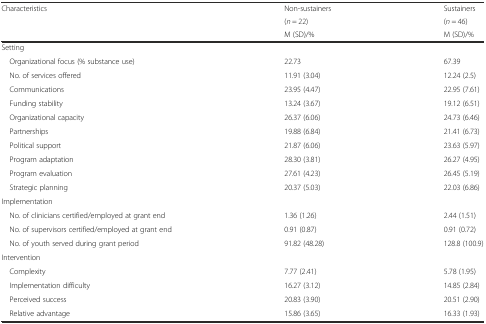
<table><thead><tr><td rowspan="3"><b>Characteristics</b></td><td><b>Non-sustainers</b></td><td><b>Sustainers</b></td></tr><tr><td><b>(<i>n</i> = 22)</b></td><td><b>(<i>n</i> = 46)</b></td></tr><tr><td><b>M (SD)/%</b></td><td><b>M (SD)/%</b></td></tr></thead><tbody><tr><td colspan="3">Setting</td></tr><tr><td> Organizational focus (% substance use)</td><td>22.73</td><td>67.39</td></tr><tr><td> No. of services offered</td><td>11.91 (3.04)</td><td>12.24 (2.5)</td></tr><tr><td> Communications</td><td>23.95 (4.47)</td><td>22.95 (7.61)</td></tr><tr><td> Funding stability</td><td>13.24 (3.67)</td><td>19.12 (6.51)</td></tr><tr><td> Organizational capacity</td><td>26.37 (6.06)</td><td>24.73 (6.46)</td></tr><tr><td> Partnerships</td><td>19.88 (6.84)</td><td>21.41 (6.73)</td></tr><tr><td> Political support</td><td>21.87 (6.06)</td><td>23.63 (5.97)</td></tr><tr><td> Program adaptation</td><td>28.30 (3.81)</td><td>26.27 (4.95)</td></tr><tr><td> Program evaluation</td><td>27.61 (4.23)</td><td>26.45 (5.19)</td></tr><tr><td> Strategic planning</td><td>20.37 (5.03)</td><td>22.03 (6.86)</td></tr><tr><td colspan="3">Implementation</td></tr><tr><td> No. of clinicians certified/employed at grant end</td><td>1.36 (1.26)</td><td>2.44 (1.51)</td></tr><tr><td> No. of supervisors certified/employed at grant end</td><td>0.91 (0.87)</td><td>0.91 (0.72)</td></tr><tr><td> No. of youth served during grant period</td><td>91.82 (48.28)</td><td>128.8 (100.9)</td></tr><tr><td colspan="3">Intervention</td></tr><tr><td> Complexity</td><td>7.77 (2.41)</td><td>5.78 (1.95)</td></tr><tr><td> Implementation difficulty</td><td>16.27 (3.12)</td><td>14.85 (2.84)</td></tr><tr><td> Perceived success</td><td>20.83 (3.90)</td><td>20.51 (2.90)</td></tr><tr><td> Relative advantage</td><td>15.86 (3.65)</td><td>16.33 (1.93)</td></tr></tbody></table>